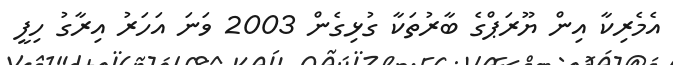
އެމެރިކާ އިން ޔޫރަޕްގެ ބާރުތަކާ ގުޅިގެން 2003 ވަނަ އަހަރު އިރާގު ހިފީ